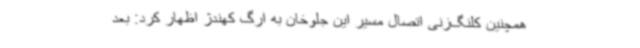
همچنین کلنگ‌زنی اتصال مسیر این جلوخان به ارگ کهندژ اظهار کرد: بعد